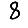
Digit: 8